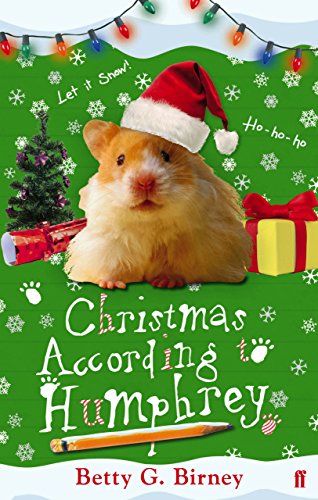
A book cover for Christmas According to Humphrey; Betty G. Birney; Politics & Social Sciences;